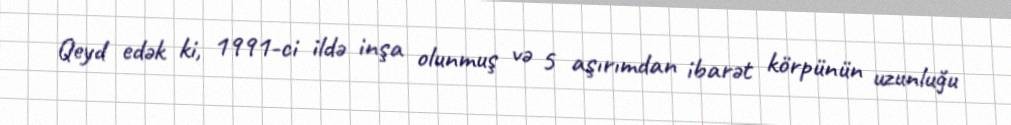
Qeyd edək ki, 1991-ci ildə inşa olunmuş və 5 aşırımdan ibarət körpünün uzunluğu